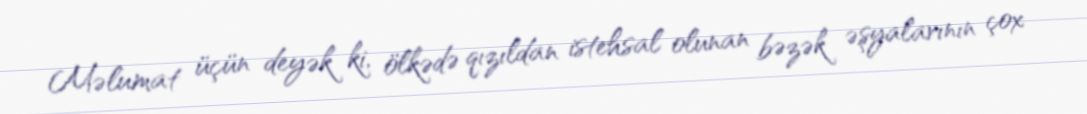
Məlumat üçün deyək ki, ölkədə qızıldan istehsal olunan bəzək əşyalarının çox